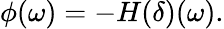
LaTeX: \phi(\omega)=-H(\delta)(\omega).